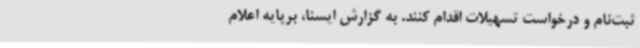
ثبت‌نام و درخواست تسهیلات اقدام کنند. به گزارش ایسنا، برپایه اعلام